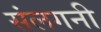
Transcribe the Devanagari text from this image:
संलगनी